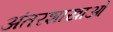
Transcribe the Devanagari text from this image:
अंतरशाखाओं